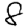
Digit: 8